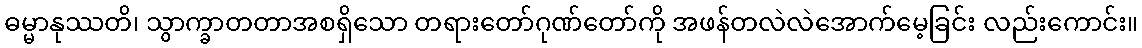
ဓမ္မာနုဿတိ၊ သွာက္ခာတတာအစရှိသော တရားတော်ဂုဏ်တော်ကို အဖန်တလဲလဲအောက်မေ့ခြင်း လည်းကောင်း။